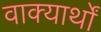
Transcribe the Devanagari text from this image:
वाक्यार्थों